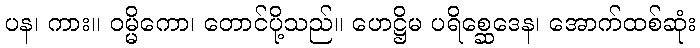
ပန၊ ကား။ ဝမ္မိကော၊ တောင်ပို့သည်။ ဟေဋ္ဌိမ ပရိစ္ဆေဒေန၊ အောက်ထစ်ဆုံး